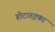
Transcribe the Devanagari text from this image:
होटारुइका